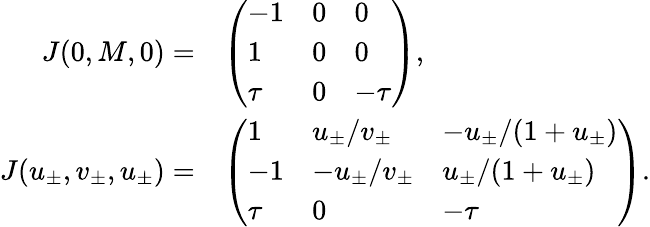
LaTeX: \begin{array}{rl}{J(0,M,0)=}&{\left(\begin{array}{lll}{-1}&{0}&{0}\\ {1}&{0}&{0}\\ {\tau}&{0}&{-\tau}\end{array}\right),}\\ {J(u_{\pm},v_{\pm},u_{\pm})=}&{\left(\begin{array}{lll}{1}&{u_{\pm}/v_{\pm}}&{-u_{\pm}/(1+u_{\pm})}\\ {-1}&{-u_{\pm}/v_{\pm}}&{u_{\pm}/(1+u_{\pm})}\\ {\tau}&{0}&{-\tau}\end{array}\right).}\end{array}